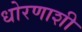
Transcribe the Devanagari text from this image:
धोरणाशी